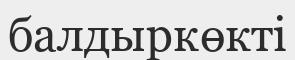
балдыркөкті